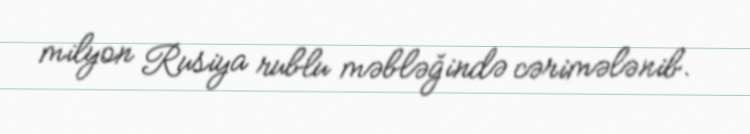
milyon Rusiya rublu məbləğində cərimələnib.